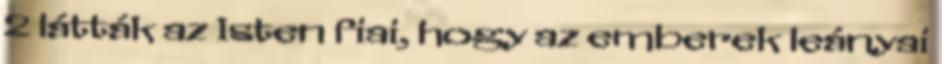
2 látták az Isten fiai, hogy az emberek leányai